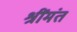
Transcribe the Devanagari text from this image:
श्रींमंत